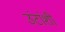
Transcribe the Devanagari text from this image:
उंटांशी